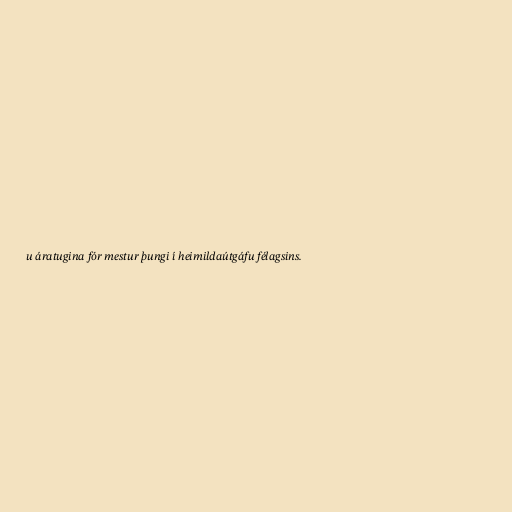
u áratugina fór mestur þungi í heimildaútgáfu félagsins.